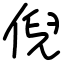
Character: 倪